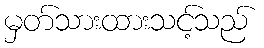
မှတ်သားထားသင့်သည်